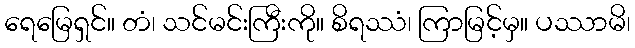
ရေမြေရှင်။ တံ၊ သင်မင်းကြီးကို။ စိရဿံ၊ ကြာမြင့်မှ။ ပဿာမိ၊